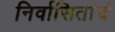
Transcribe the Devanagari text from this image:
निर्वासितांचं